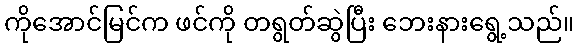
ကိုအောင်မြင်က ဖင်ကို တရွတ်ဆွဲပြီး ဘေးနားရွေ့သည်။